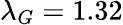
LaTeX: \lambda_{G}=1.32